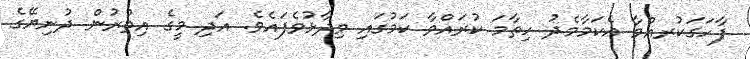
ފާހަގަކުރއްވާ އެކަމާމެދު ހިތާމަ ކުރައްވާ ކަމުގައި ވިދާޅުވެފައެވެ. އަދި މީގެ އިތުރުން ދުނިޔޭގެ